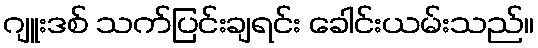
ဂျူးဒစ် သက်ပြင်းချရင်း ခေါင်းယမ်းသည်။